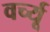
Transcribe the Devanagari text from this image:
वर्च्यू